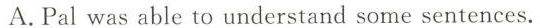
A.Pal was able to understand some sentences.